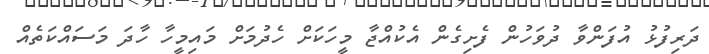
ދަރިފުޅު އުފަންވާ ދުވަހުން ފެށިގެން އެކުއްޖާ މީހަކަށް ހެދުމަށް މައިމީހާ ހާދަ މަސައްކަތެއް